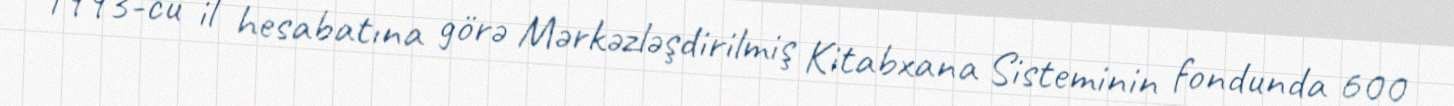
1993-cü il hesabatına görə Mərkəzləşdirilmiş Kitabxana Sisteminin fondunda 600